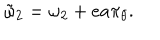
\tilde { \omega } _ { 2 } = \omega _ { 2 } + e a \pi _ { \theta } .